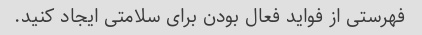
فهرستی از فواید فعال بودن برای سلامتی ایجاد کنید.